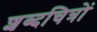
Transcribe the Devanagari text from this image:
शब्दचित्रों